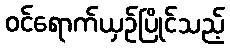
ဝင်ရောက်ယှဉ်ပြိုင်သည့်